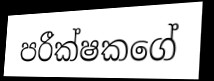
පරීක්ෂකගේ